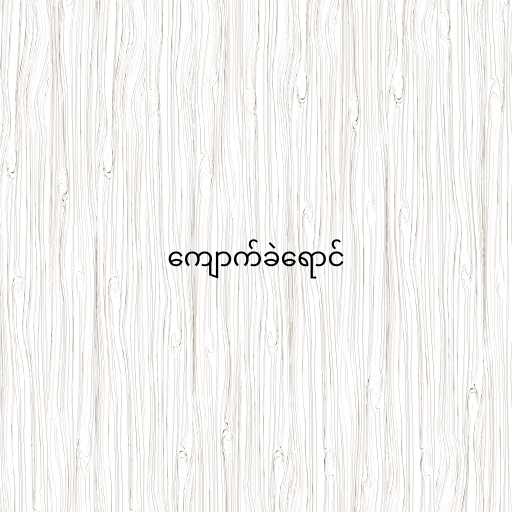
ကျောက်ခဲရောင်